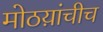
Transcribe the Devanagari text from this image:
मोठय़ांचीच